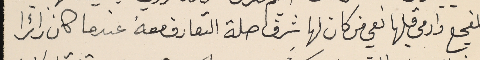
المفجع وادمى قلبها نعي من كان لها شرف صلة التعارف معه عندما كان زائرا